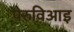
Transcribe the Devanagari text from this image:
पेरुविआइ